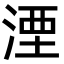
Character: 湮